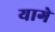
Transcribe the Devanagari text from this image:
यागे